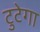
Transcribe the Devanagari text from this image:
टुटेगा